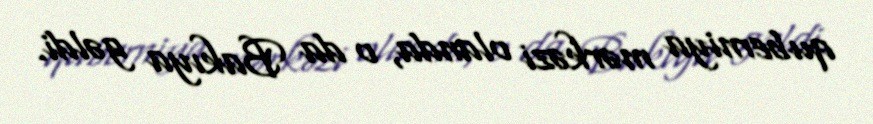
quberniya mərkəzi olanda, o da Bakıya gəldi.